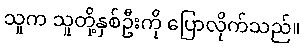
သူက သူတို့နှစ်ဦးကို ပြောလိုက်သည်။